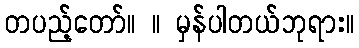
တပည့်တော်။ ။ မှန်ပါတယ်ဘုရား။